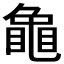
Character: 𮯟